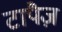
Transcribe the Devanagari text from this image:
टापैज़